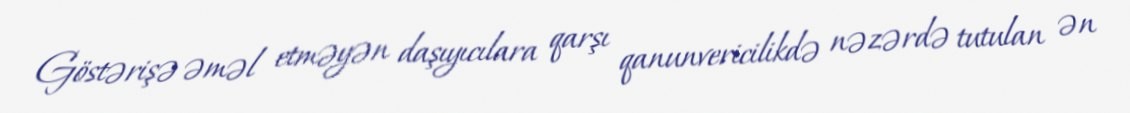
Göstərişə əməl etməyən daşıyıcılara qarşı qanunvericilikdə nəzərdə tutulan ən